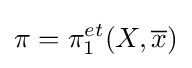
\pi =\pi _{1}^{et}(X,{\overline {x}})